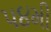
૫૪મી